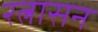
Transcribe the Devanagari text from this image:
रत्नासन